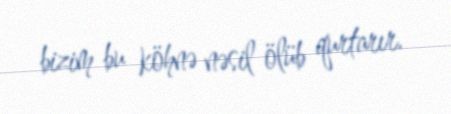
bizim bu köhnə nəsil ölüb qurtarır.